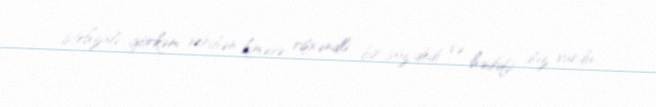
istehzalı görkəm veribən kiməsə rişxəndli bir söz dedi və hədəfi düz vurdu.